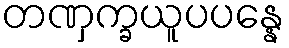
တဏှက္ခယူပပန္နေ